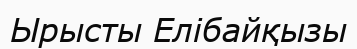
Ырысты Елібайқызы